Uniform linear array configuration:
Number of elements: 16
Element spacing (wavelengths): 0.75
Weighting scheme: binomial
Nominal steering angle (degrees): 60
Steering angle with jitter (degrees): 59.548
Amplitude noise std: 0.05
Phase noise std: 0.05

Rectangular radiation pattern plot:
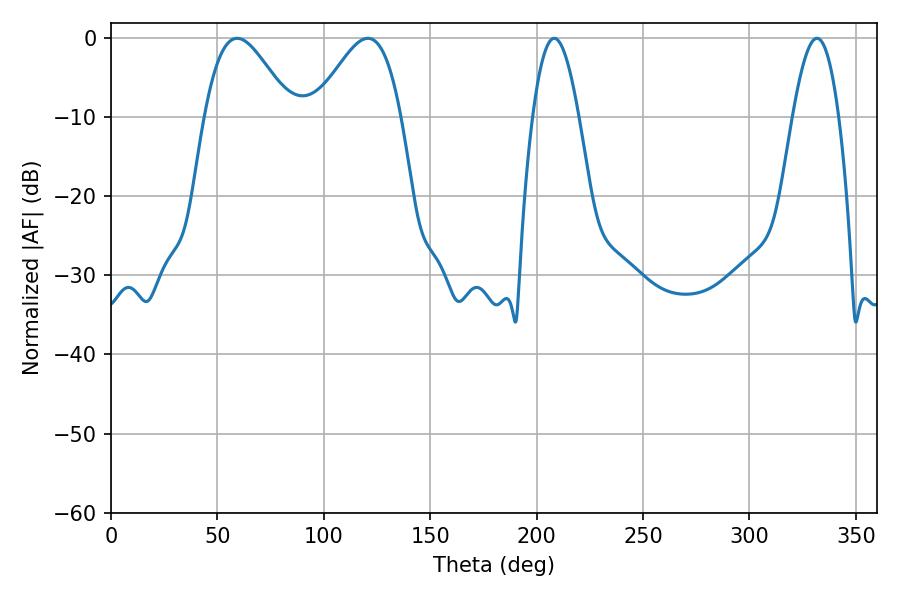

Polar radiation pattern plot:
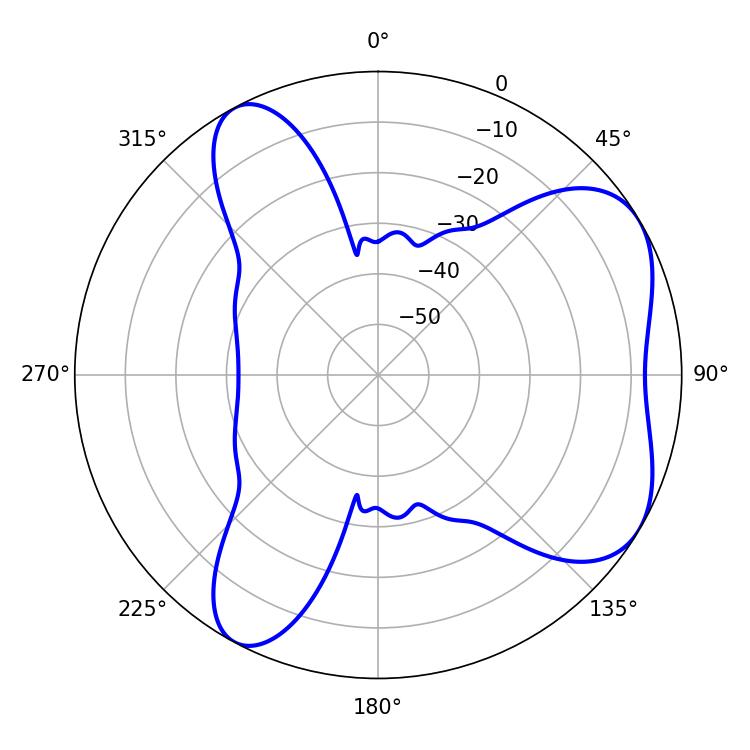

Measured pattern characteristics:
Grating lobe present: TRUE
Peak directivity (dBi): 5.696
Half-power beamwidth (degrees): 11.88
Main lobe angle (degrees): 208.26